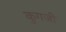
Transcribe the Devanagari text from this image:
कुगजी